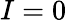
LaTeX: I=0